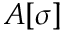
A [ \sigma ]